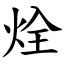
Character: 烇